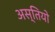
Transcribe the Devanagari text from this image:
अस्तियो